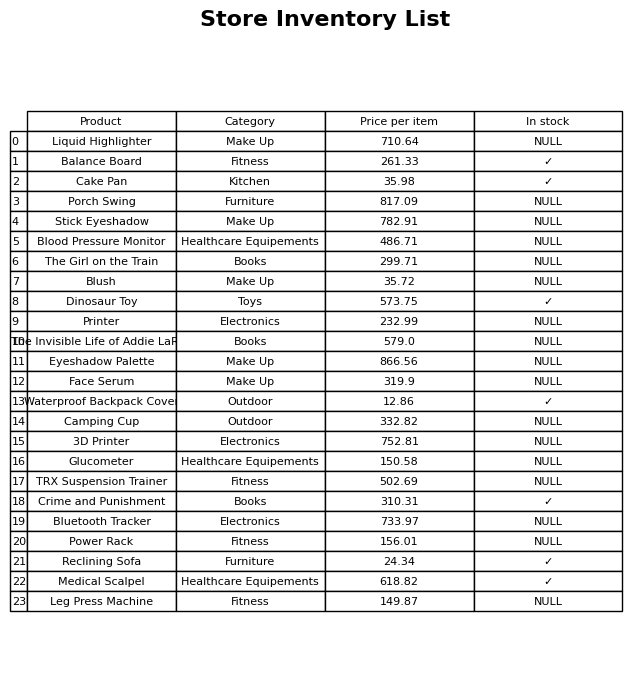
question: What is the price for The Girl on the Train?
answer: The price of The Girl on the Train is 299.71.